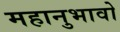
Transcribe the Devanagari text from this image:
महानुभावो